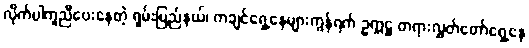
လိုက်ပါကူညီပေးနေတဲ့ ရှမ်းပြည်နယ်၊ ကချင်ရှေ့နေများကွန်ရက် ဥက္ကဋ္ဌ တရားလွှတ်တော်ရှေ့နေ